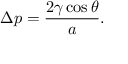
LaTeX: \Delta p = { \frac { 2 \gamma \cos \theta } { a } } .